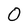
Character: O